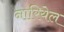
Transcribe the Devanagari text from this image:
नारियेल